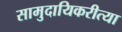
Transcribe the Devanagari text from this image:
सामुदायिकरीत्या